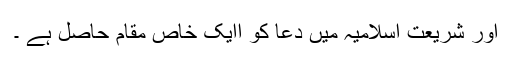
اور شریعتِ اسلامیہ میں دعا کو اایک خاص مقام حاصل ہے ۔